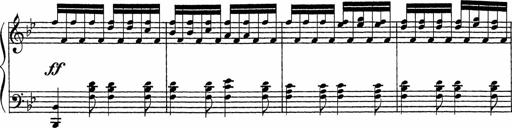
Title: Song of the River
Composer: Frederick Henry Pease